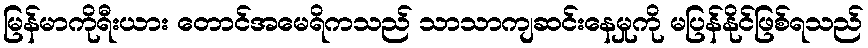
မြန်မာကိုရီးယား တောင်အမေရိကသည် သာသာကျဆင်းနေမှုကို မပြန်နိုင်ဖြစ်ရသည်